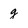
Character: g